Report on vaccination in the Province of Bengal - 1869-1873
Year: 1869
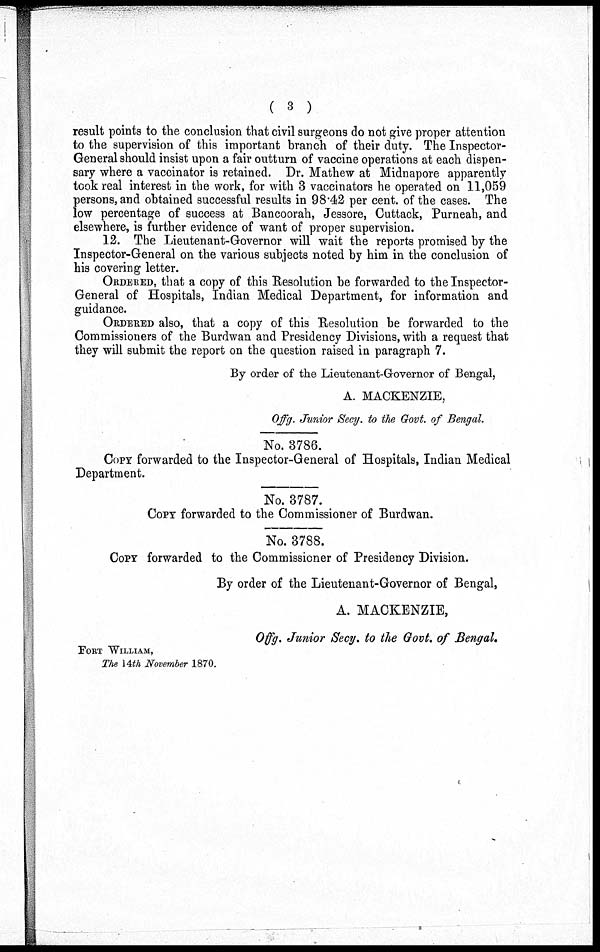
( 3 )
result points to the conclusion that civil surgeons do not give proper attention
to the supervision of this important branch of their duty. The Inspector-
General should insist upon a fair outturn of vaccine operations at each dispen-
sary where a vaccinator is retained. Dr. Mathew at Midnapore apparently
took real interest in the work, for with 3 vaccinators he operated on 11,059
persons, and obtained successful results in 98.42 per cent. of the cases. The
low percentage of success at Bancoorah, Jessore, Cuttack, Purneah, and
elsewhere, is further evidence of want of proper supervision.
12. The Lieutenant-Governor will wait the reports promised by the
Inspector-General on the various subjects noted by him in the conclusion of
his covering letter.
ORDERED, that a copy of this Resolution be forwarded to the Inspector-
General of Hospitals, Indian Medical Department, for information and
guidance.
ORDERED also, that a copy of this Resolution be forwarded to the
Commissioners of the Burdwan and Presidency Divisions, with a request that
they will submit the report on the question raised in paragraph 7.
By order of the Lieutenant-Governor of Bengal,
A. MACKENZIE,
Offg. Junior Secy. to the Govt. of Bengal.
No. 3786.
COPY forwarded to the Inspector-General of Hospitals, Indian Medical
Department.
No. 3787.
COPY forwarded to the Commissioner of Burdwan.
No. 3788.
COPY forwarded to the Commissioner of Presidency Division.
By order of the Lieutenant-Governor of Bengal,
A. MACKENZIE,
Offg. Junior Secy. to the Govt. of Bengal.
FORT WILLIAM,
The 14th November 1870.